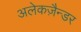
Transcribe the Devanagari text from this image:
अलेकज़ैन्डर